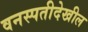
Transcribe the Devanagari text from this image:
वनस्पतीदेखील